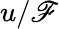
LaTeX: u/\mathscr{F}